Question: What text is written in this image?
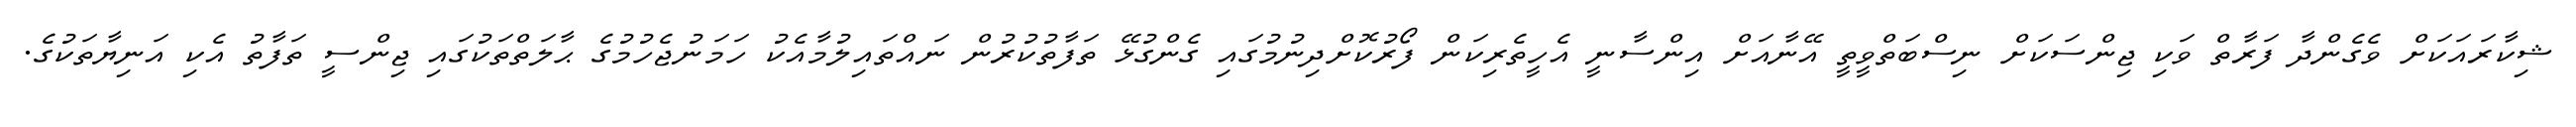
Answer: ޝިކާރައަކަށް ވެގެންދާ ފަރާތް ވަކި ޖިންސަކަށް ނިސްބަތްވީތީ އޭނާއަށް އިންސާނީ އެހީތެރިކަން ފޯރުކޮށްދިނުމުގައި ގެންގުޅޭ ތަފާތުކުރުން ނައްތައިލުމާއެކު ހަމަނުޖެހުމުގެ ޙާލަތްތަކުގައި ޖިންސީ ތަފާތު އެކި އަނިޔާތަކުގެ.